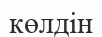
көлдін